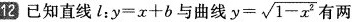
12已知直线l：$$y=x+b$$与曲线 $$y= \sqrt{1-x^{2}}$$ 有两个